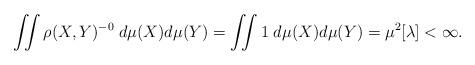
LaTeX: \begin{align*}\iint \rho(X,Y)^{-0} \;d\mu(X) d\mu(Y) = \iint 1 \;d\mu(X) d\mu(Y) = \mu^2[\lambda] < \infty.\end{align*}